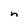
Character: n